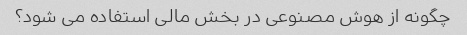
چگونه از هوش مصنوعی در بخش مالی استفاده می شود؟